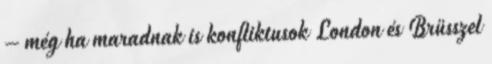
– még ha maradnak is konfliktusok London és Brüsszel